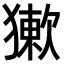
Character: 𤡻